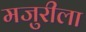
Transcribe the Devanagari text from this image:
मजुरीला